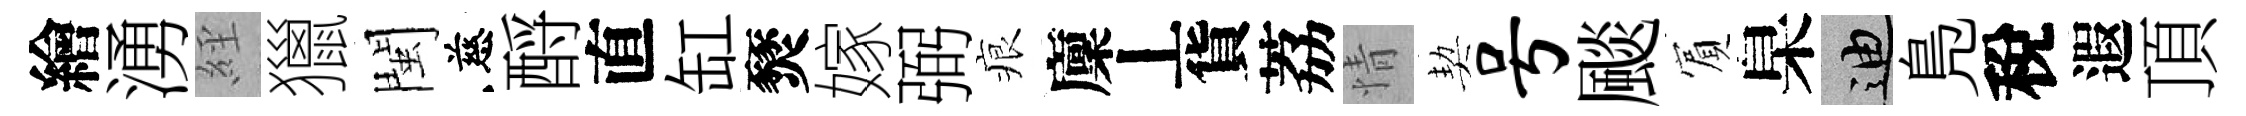
繪湧𦀇獵閩慈酹直缸燹嫁弼痕廩丄貨荔情契号颷賔臬迪鳬稅遐頂